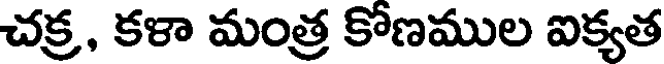
చక్ర, కళా మంత్ర కోణముల ఐక్యత